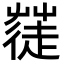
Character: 𮐓